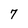
Character: 7